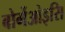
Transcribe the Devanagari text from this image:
बोर्गेओइसि